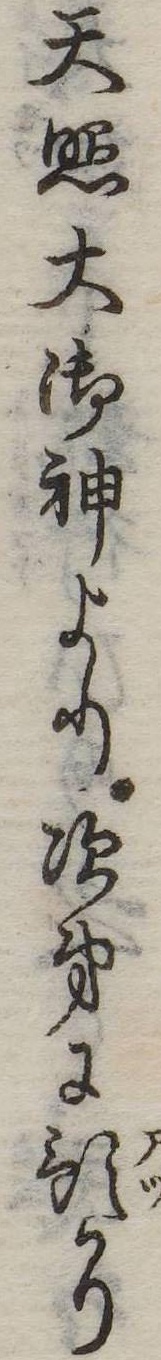
天照大御神より次第に預かり